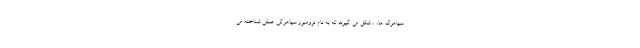
سیاهرگ ها، ، شکل می گیرند که به نام ترومبوز سیاهرگی عمقی شناخته می